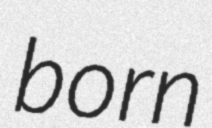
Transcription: born